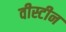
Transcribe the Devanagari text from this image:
वीस्टीन